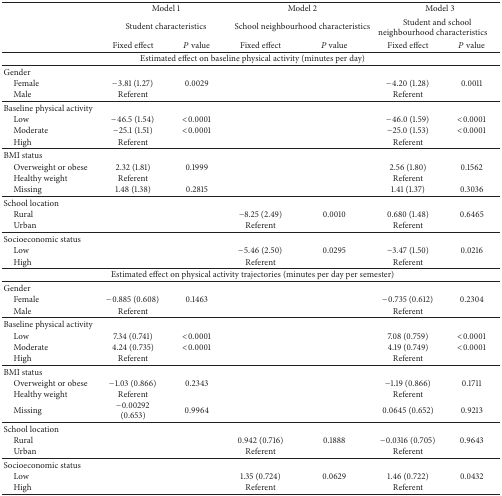
<table><thead><tr><td><b> </b></td><td colspan="2"><b>Model 1</b></td><td colspan="2"><b>Model 2</b></td><td colspan="2"><b>Model 3</b></td></tr><tr><td><b> </b></td><td colspan="2"><b>Student characteristics</b></td><td colspan="2"><b>School neighbourhood characteristics</b></td><td colspan="2"><b>Student and school neighbourhood characteristics</b></td></tr><tr><td><b> </b></td><td><b>Fixed effect</b></td><td><b><i>P</i> value</b></td><td><b>Fixed effect</b></td><td><b><i>P</i> value</b></td><td><b>Fixed effect</b></td><td><b><i>P</i> value</b></td></tr></thead><tbody><tr><td colspan="7">Estimated effect on baseline physical activity (minutes per day)</td></tr><tr><td>Gender</td><td> </td><td> </td><td> </td><td> </td><td> </td><td> </td></tr><tr><td> Female</td><td>−3.81 (1.27)</td><td>0.0029</td><td> </td><td> </td><td>−4.20 (1.28)</td><td>0.0011</td></tr><tr><td> Male</td><td>Referent</td><td> </td><td> </td><td> </td><td>Referent</td><td> </td></tr><tr><td>Baseline physical activity</td><td> </td><td> </td><td> </td><td> </td><td> </td><td> </td></tr><tr><td> Low</td><td>−46.5 (1.54)</td><td>&lt;0.0001</td><td> </td><td> </td><td>−46.0 (1.59)</td><td>&lt;0.0001</td></tr><tr><td> Moderate</td><td>−25.1 (1.51)</td><td>&lt;0.0001</td><td> </td><td> </td><td>−25.0 (1.53)</td><td>&lt;0.0001</td></tr><tr><td> High</td><td>Referent</td><td> </td><td> </td><td> </td><td>Referent</td><td> </td></tr><tr><td>BMI status</td><td> </td><td> </td><td> </td><td> </td><td> </td><td> </td></tr><tr><td> Overweight or obese</td><td>2.32 (1.81)</td><td>0.1999</td><td> </td><td> </td><td>2.56 (1.80)</td><td>0.1562</td></tr><tr><td> Healthy weight</td><td>Referent</td><td> </td><td> </td><td> </td><td>Referent</td><td> </td></tr><tr><td> Missing</td><td>1.48 (1.38)</td><td>0.2815</td><td> </td><td> </td><td>1.41 (1.37)</td><td>0.3036</td></tr><tr><td>School location</td><td> </td><td> </td><td> </td><td> </td><td> </td><td> </td></tr><tr><td> Rural</td><td> </td><td> </td><td>−8.25 (2.49)</td><td>0.0010</td><td>0.680 (1.48)</td><td>0.6465</td></tr><tr><td> Urban</td><td> </td><td> </td><td>Referent</td><td> </td><td>Referent</td><td> </td></tr><tr><td>Socioeconomic status</td><td> </td><td> </td><td> </td><td> </td><td> </td><td> </td></tr><tr><td> Low</td><td> </td><td> </td><td>−5.46 (2.50)</td><td>0.0295</td><td>−3.47 (1.50)</td><td>0.0216</td></tr><tr><td> High</td><td> </td><td> </td><td>Referent</td><td> </td><td>Referent</td><td> </td></tr><tr><td colspan="7">Estimated effect on physical activity trajectories (minutes per day per semester)</td></tr><tr><td>Gender</td><td> </td><td> </td><td> </td><td> </td><td> </td><td> </td></tr><tr><td> Female</td><td>−0.885 (0.608)</td><td>0.1463</td><td> </td><td> </td><td>−0.735 (0.612)</td><td>0.2304</td></tr><tr><td> Male</td><td>Referent</td><td> </td><td> </td><td> </td><td>Referent</td><td> </td></tr><tr><td>Baseline physical activity</td><td> </td><td> </td><td> </td><td> </td><td> </td><td> </td></tr><tr><td> Low</td><td>7.34 (0.741)</td><td>&lt;0.0001</td><td> </td><td> </td><td>7.08 (0.759)</td><td>&lt;0.0001</td></tr><tr><td> Moderate</td><td>4.24 (0.735)</td><td>&lt;0.0001</td><td> </td><td> </td><td>4.19 (0.749)</td><td>&lt;0.0001</td></tr><tr><td> High</td><td>Referent</td><td> </td><td> </td><td> </td><td>Referent</td><td> </td></tr><tr><td>BMI status</td><td> </td><td> </td><td> </td><td> </td><td> </td><td> </td></tr><tr><td> Overweight or obese</td><td>−1.03 (0.866)</td><td>0.2343</td><td> </td><td> </td><td>−1.19 (0.866)</td><td>0.1711</td></tr><tr><td> Healthy weight</td><td>Referent</td><td> </td><td> </td><td> </td><td>Referent</td><td> </td></tr><tr><td> Missing</td><td>−0.00292 (0.653)</td><td>0.9964</td><td> </td><td> </td><td>0.0645 (0.652)</td><td>0.9213</td></tr><tr><td>School location</td><td> </td><td> </td><td> </td><td> </td><td> </td><td> </td></tr><tr><td> Rural</td><td> </td><td> </td><td>0.942 (0.716)</td><td>0.1888</td><td>−0.0316 (0.705)</td><td>0.9643</td></tr><tr><td> Urban</td><td> </td><td> </td><td>Referent</td><td> </td><td>Referent</td><td> </td></tr><tr><td>Socioeconomic status</td><td> </td><td> </td><td> </td><td> </td><td> </td><td> </td></tr><tr><td> Low</td><td> </td><td> </td><td>1.35 (0.724)</td><td>0.0629</td><td>1.46 (0.722)</td><td>0.0432</td></tr><tr><td> High</td><td> </td><td> </td><td>Referent</td><td> </td><td>Referent</td><td> </td></tr></tbody></table>